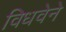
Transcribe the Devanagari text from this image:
विधवेने